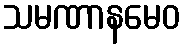
သမဏာနမေဝ